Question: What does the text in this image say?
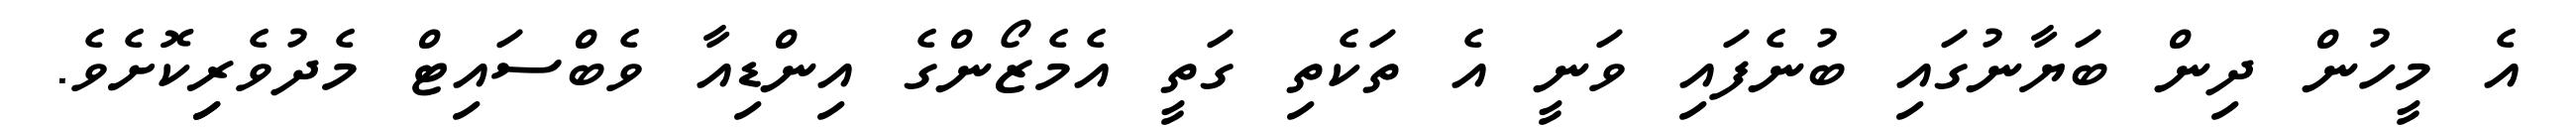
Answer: އެ މީހުން ދިން ބަޔާނުގައި ބުނެފައި ވަނީ އެ ތަކެތި ގަތީ އެމެޒޯންގެ އިންޑިއާ ވެބްސައިޓް މެދުވެރިިކޮށެވެ.